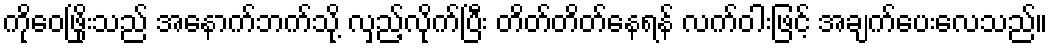
ကိုဝေဖြိုးသည် အနောက်ဘက်သို့ လှည့်လိုက်ပြီး တိတ်တိတ်နေရန် လက်ဝါးဖြင့် အချက်ပေးလေသည်။